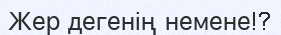
Жер дегенің немене!?